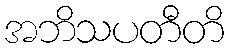
အဘိသပတီတိ